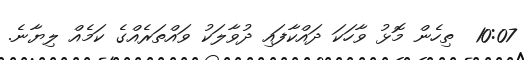
10:07  ތިހެން މޮޅު ވާހަކަ ދައްކާފައި ދުވާލަކު ވައްތަރެއްގެ ކަމެއް ލިޔާނެ.